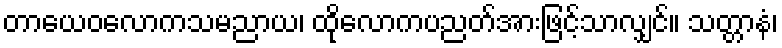
တာယေဝလောကသမညာယ၊ ထိုလောကပညတ်အားဖြင့်သာလျှင်။ သတ္တာနံ၊